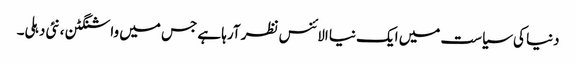
دنیا کی سیاست میں ایک نیا الائنس نظر آرہا ہے جس میں واشنگٹن ،نئی دہلی۔